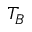
T _ { B }